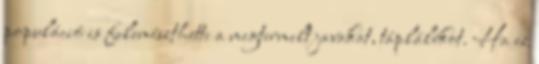
populáció is felemészthette a megtermelt javakat, táplálékot. Ha ez